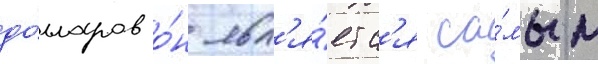
до́лларов о́н явл'я́етс'я са́мым